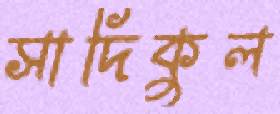
সাদিকুল